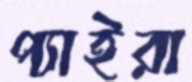
প্যাইরা